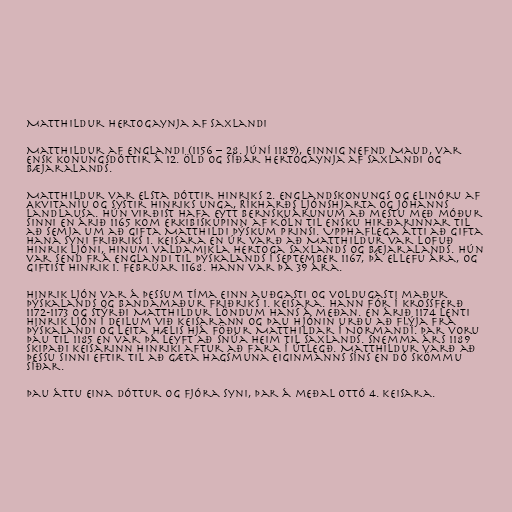
Matthildur hertogaynja af Saxlandi

Matthildur af Englandi (1156 – 28. júní 1189), einnig nefnd Maud, var
ensk konungsdóttir á 12. öld og síðar hertogaynja af Saxlandi og
Bæjaralands.

Matthildur var elsta dóttir Hinriks 2. Englandskonungs og Elinóru af
Akvitaníu og systir Hinriks unga, Ríkharðs ljónshjarta og Jóhanns
landlausa. Hún virðist hafa eytt bernskuárunum að mestu með móður
sinni en árið 1165 kom erkibiskupinn af Köln til ensku hirðarinnar til
að semja um að gifta Matthildi þýskum prinsi. Upphaflega átti að gifta
hana syni Friðriks 1. keisara en úr varð að Matthildur var lofuð
Hinrik ljóni, hinum valdamikla hertoga Saxlands og Bæjaralands. Hún
var send frá Englandi til Þýskalands í september 1167, þá ellefu ára, og
giftist Hinrik 1. febrúar 1168. Hann var þá 39 ára.

Hinrik ljón var á þessum tíma einn auðgasti og voldugasti maður
Þýskalands og bandamaður Friðriks 1. keisara. Hann fór í krossferð
1172-1173 og stýrði Matthildur löndum hans á meðan. En árið 1174 lenti
Hinrik ljón í deilum við keisarann og þau hjónin urðu að flýja frá
Þýskalandi og leita hælis hjá föður Matthildar í Normandí. Þar voru
þau til 1185 en var þá leyft að snúa heim til Saxlands. Snemma árs 1189
skipaði keisarinn Hinriki aftur að fara í útlegð. Matthildur varð að
þessu sinni eftir til að gæta hagsmuna eiginmanns síns en dó skömmu
síðar.

Þau áttu eina dóttur og fjóra syni, þar á meðal Ottó 4. keisara.